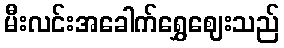
မီးလင်းအခေါက်ရွှေဈေးသည်